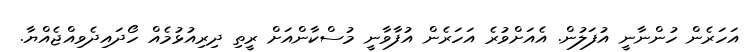
އަހަރެން ހުންނާނީ އުފަލުން. އެއަށްވުރެ އަހަރެން އުފާވާނީ މުސްކާންއަށް ރީތި ދިރިއުޅުމެއް ހޯދައިދެވިއްޖެއްޔާ.